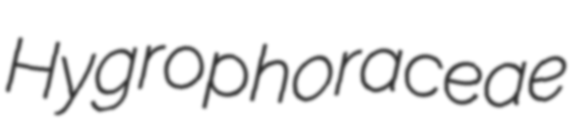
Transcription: Hygrophoraceae